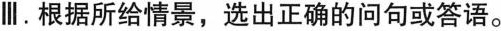
Ⅲ.根据所给情景,选出正确的问句或答语.